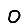
Digit: 0